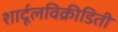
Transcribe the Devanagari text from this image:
शार्दूलविक्रीडिती